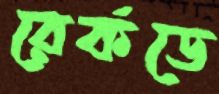
রের্কডে